Senior Leaving Certificate Examination (including Day School Certificate (Higher) General paper), 1947
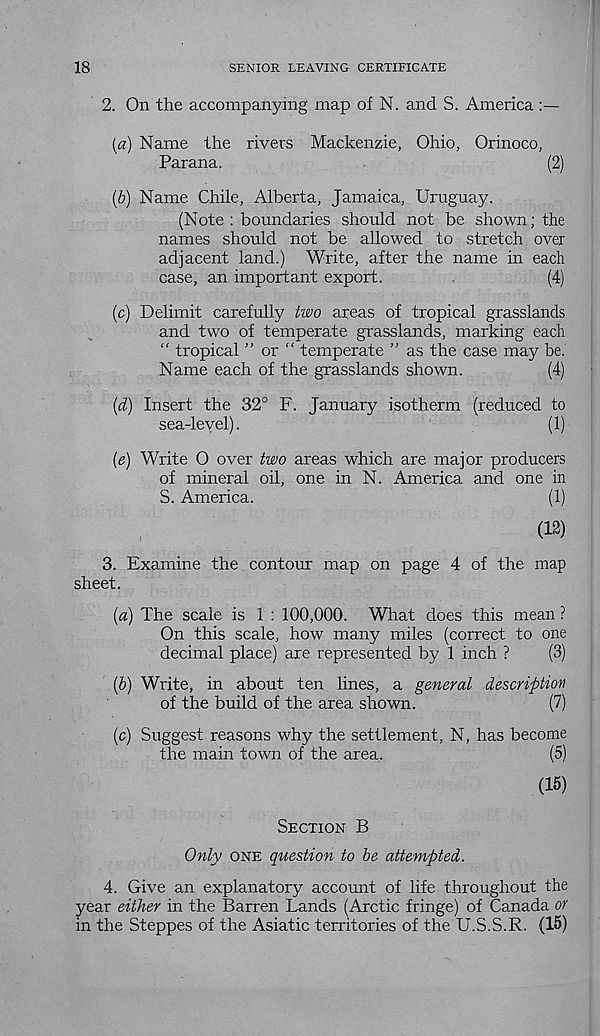
18
SENIOR LEAVING CERTIFICATE
2. On the accompanying map of N. and S. America :—
{a) Name the rivers Mackenzie, Ohio, Orinoco,
Parana.
(2)
(6) Name Chile, Alberta, Jamaica, Uruguay.
(Note : boundaries should not be shown; the
names should not be allowed to stretch over
adjacent land.) Write, after the name in each
case, an important export.
(4)
(c) Delimit carefully two areas of tropical grasslands
and two of temperate grasslands, marking each
“ tropical ” or “ temperate ” as the case may be.
Name each of the grasslands shown.
(4)
{d) Insert the 32° F. January isotherm (reduced to
sea-level).
(1)
{e) Write O over two areas which are major producers
of mineral oil, one in N. America and one in
S. America.
(1)
(12)
3. Examine the contour map on page 4 of the map
sheet.
(a) The scale is 1 : 100,000. What does this mean ?
On this scale, how many miles (correct to one
decimal place) are represented by 1 inch ?
(3)
(b) Write, in about ten lines, a general description
of the build of the area shown.
(7)
(c) Suggest reasons why the settlement, N, has become
the main town of the area.
(5)
(15)
Section B
Only one question to be attempted.
4. Give an explanatory account of life throughout the
year either in the Barren Lands (Arctic fringe) of Canada or
in the Steppes of the Asiatic territories of the U.S.S.R. (15)